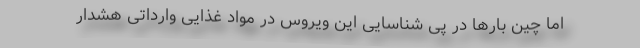
اما چین بار‌ها در پی شناسایی این ویروس در مواد غذایی وارداتی هشدار